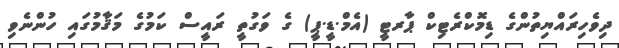
ދިވެހިރައްޔިތުންގެ ޑިމޮކްރެޓިކް ޕާރޓީ (އެމް.ޑީ.ޕީ) ގެ ވަގުތީ ރައީސް ކަމުގެ މަޤާމުގައި ހުންނެވި